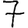
Digit: 7